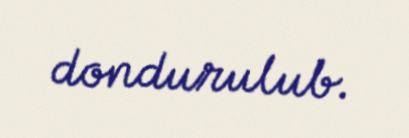
dondurulub.